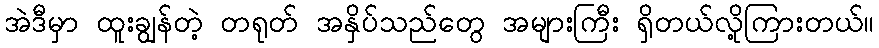
အဲဒီမှာ ထူးချွန်တဲ့ တရုတ် အနှိပ်သည်တွေ အများကြီး ရှိတယ်လို့ကြားတယ်။